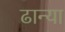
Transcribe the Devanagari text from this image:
ढान्या